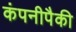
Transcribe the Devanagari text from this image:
कंपनीपैकी